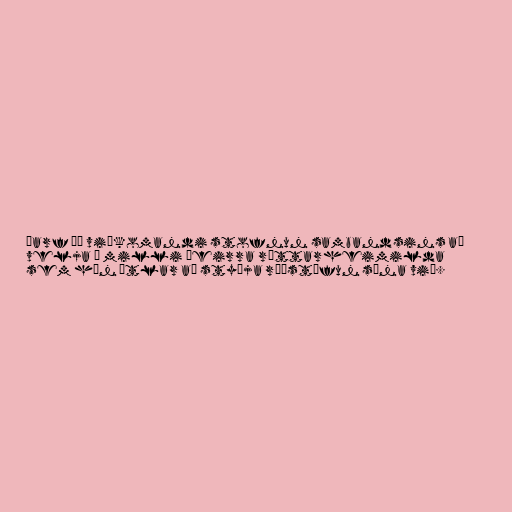
Þarf þá viðkomandi stofnun sambandsins að
velja á milli þeirra réttarheimilda
sem hún ætlar að styðja ráðstöfun sína við.